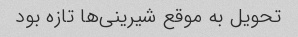
تحویل به موقع شیرینی‌ها تازه بود